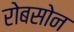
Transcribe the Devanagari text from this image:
रोबसोन